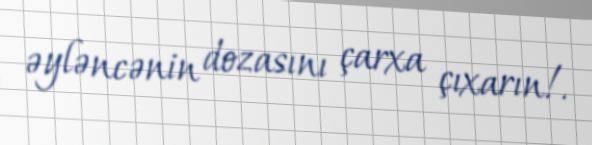
əyləncənin dozasını çarxa çıxarın!.